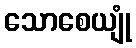
သောစေယျုံ